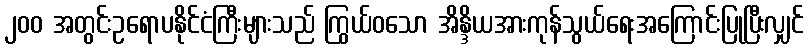
၂၀၀ အတွင်းဥရောပနိုင်ငံကြီးများသည် ကြွယ်ဝသော အိန္ဒိယအားကုန်သွယ်ရေးအကြောင်းပြုပြီးလျှင်